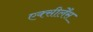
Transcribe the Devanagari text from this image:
एक्सीलेँस